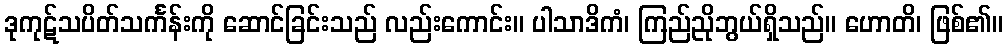
ဒုကုဋ်သပိတ်သင်္ကန်းကို ဆောင်ခြင်းသည် လည်းကောင်း။ ပါသာဒိကံ၊ ကြည်ညိုဘွယ်ရှိသည်။ ဟောတိ၊ ဖြစ်၏။